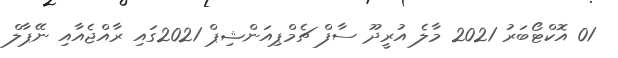
01 އޮކްޓޯބަރު 2021 މާލެ އުރީދޫ ސާފް ޗެމްޕިއަންޝިޕް 2021ގައި ރާއްޖެއާއި ނޭޕާލް